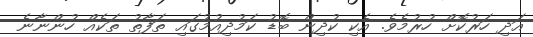
އަދި ހަރުކޮށް ހުރުމެވެ. އެކި ކުދިން ބޮޑު ކަމުދިއުމުގައި ތަފާތު ތަކެއް ހުންނާނެ